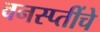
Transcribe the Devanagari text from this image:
वनस्प्तींचे